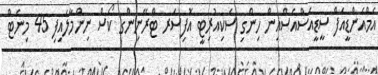
އެމްއެންޑީއެފް ސީޑީއެސްއެސްއިން ހިންގި ސެކިއުރިޓީ އޮފިސަރ ޓްރޭނިންގ ކޯސް ނިންމާލައިފި 45 މިނެޓް